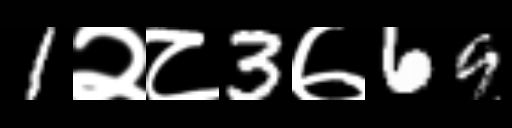
Text: 1२८3७69